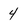
Character: 4